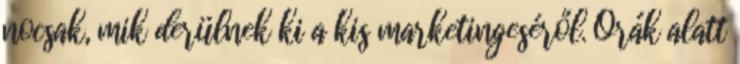
nocsak, mik derülnek ki a kis marketingeséről. Órák alatt